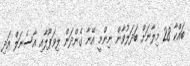
ބައްކާ 28 މިލާނަށް ބަދަލުވާން ނިންމީ އޭނާ ގެންދަން ލިވަޕޫލާއި އާސެނަލް އަދި